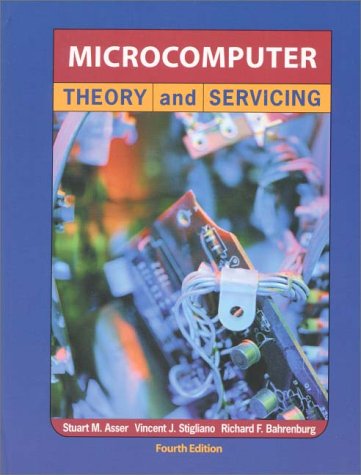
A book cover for Microcomputer Theory and Servicing (4th Edition); Stuart M. Asser PE; Computers & Technology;